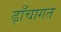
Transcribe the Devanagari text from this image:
ढ़ाँचागत